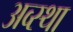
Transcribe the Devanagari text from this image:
अव्स्था